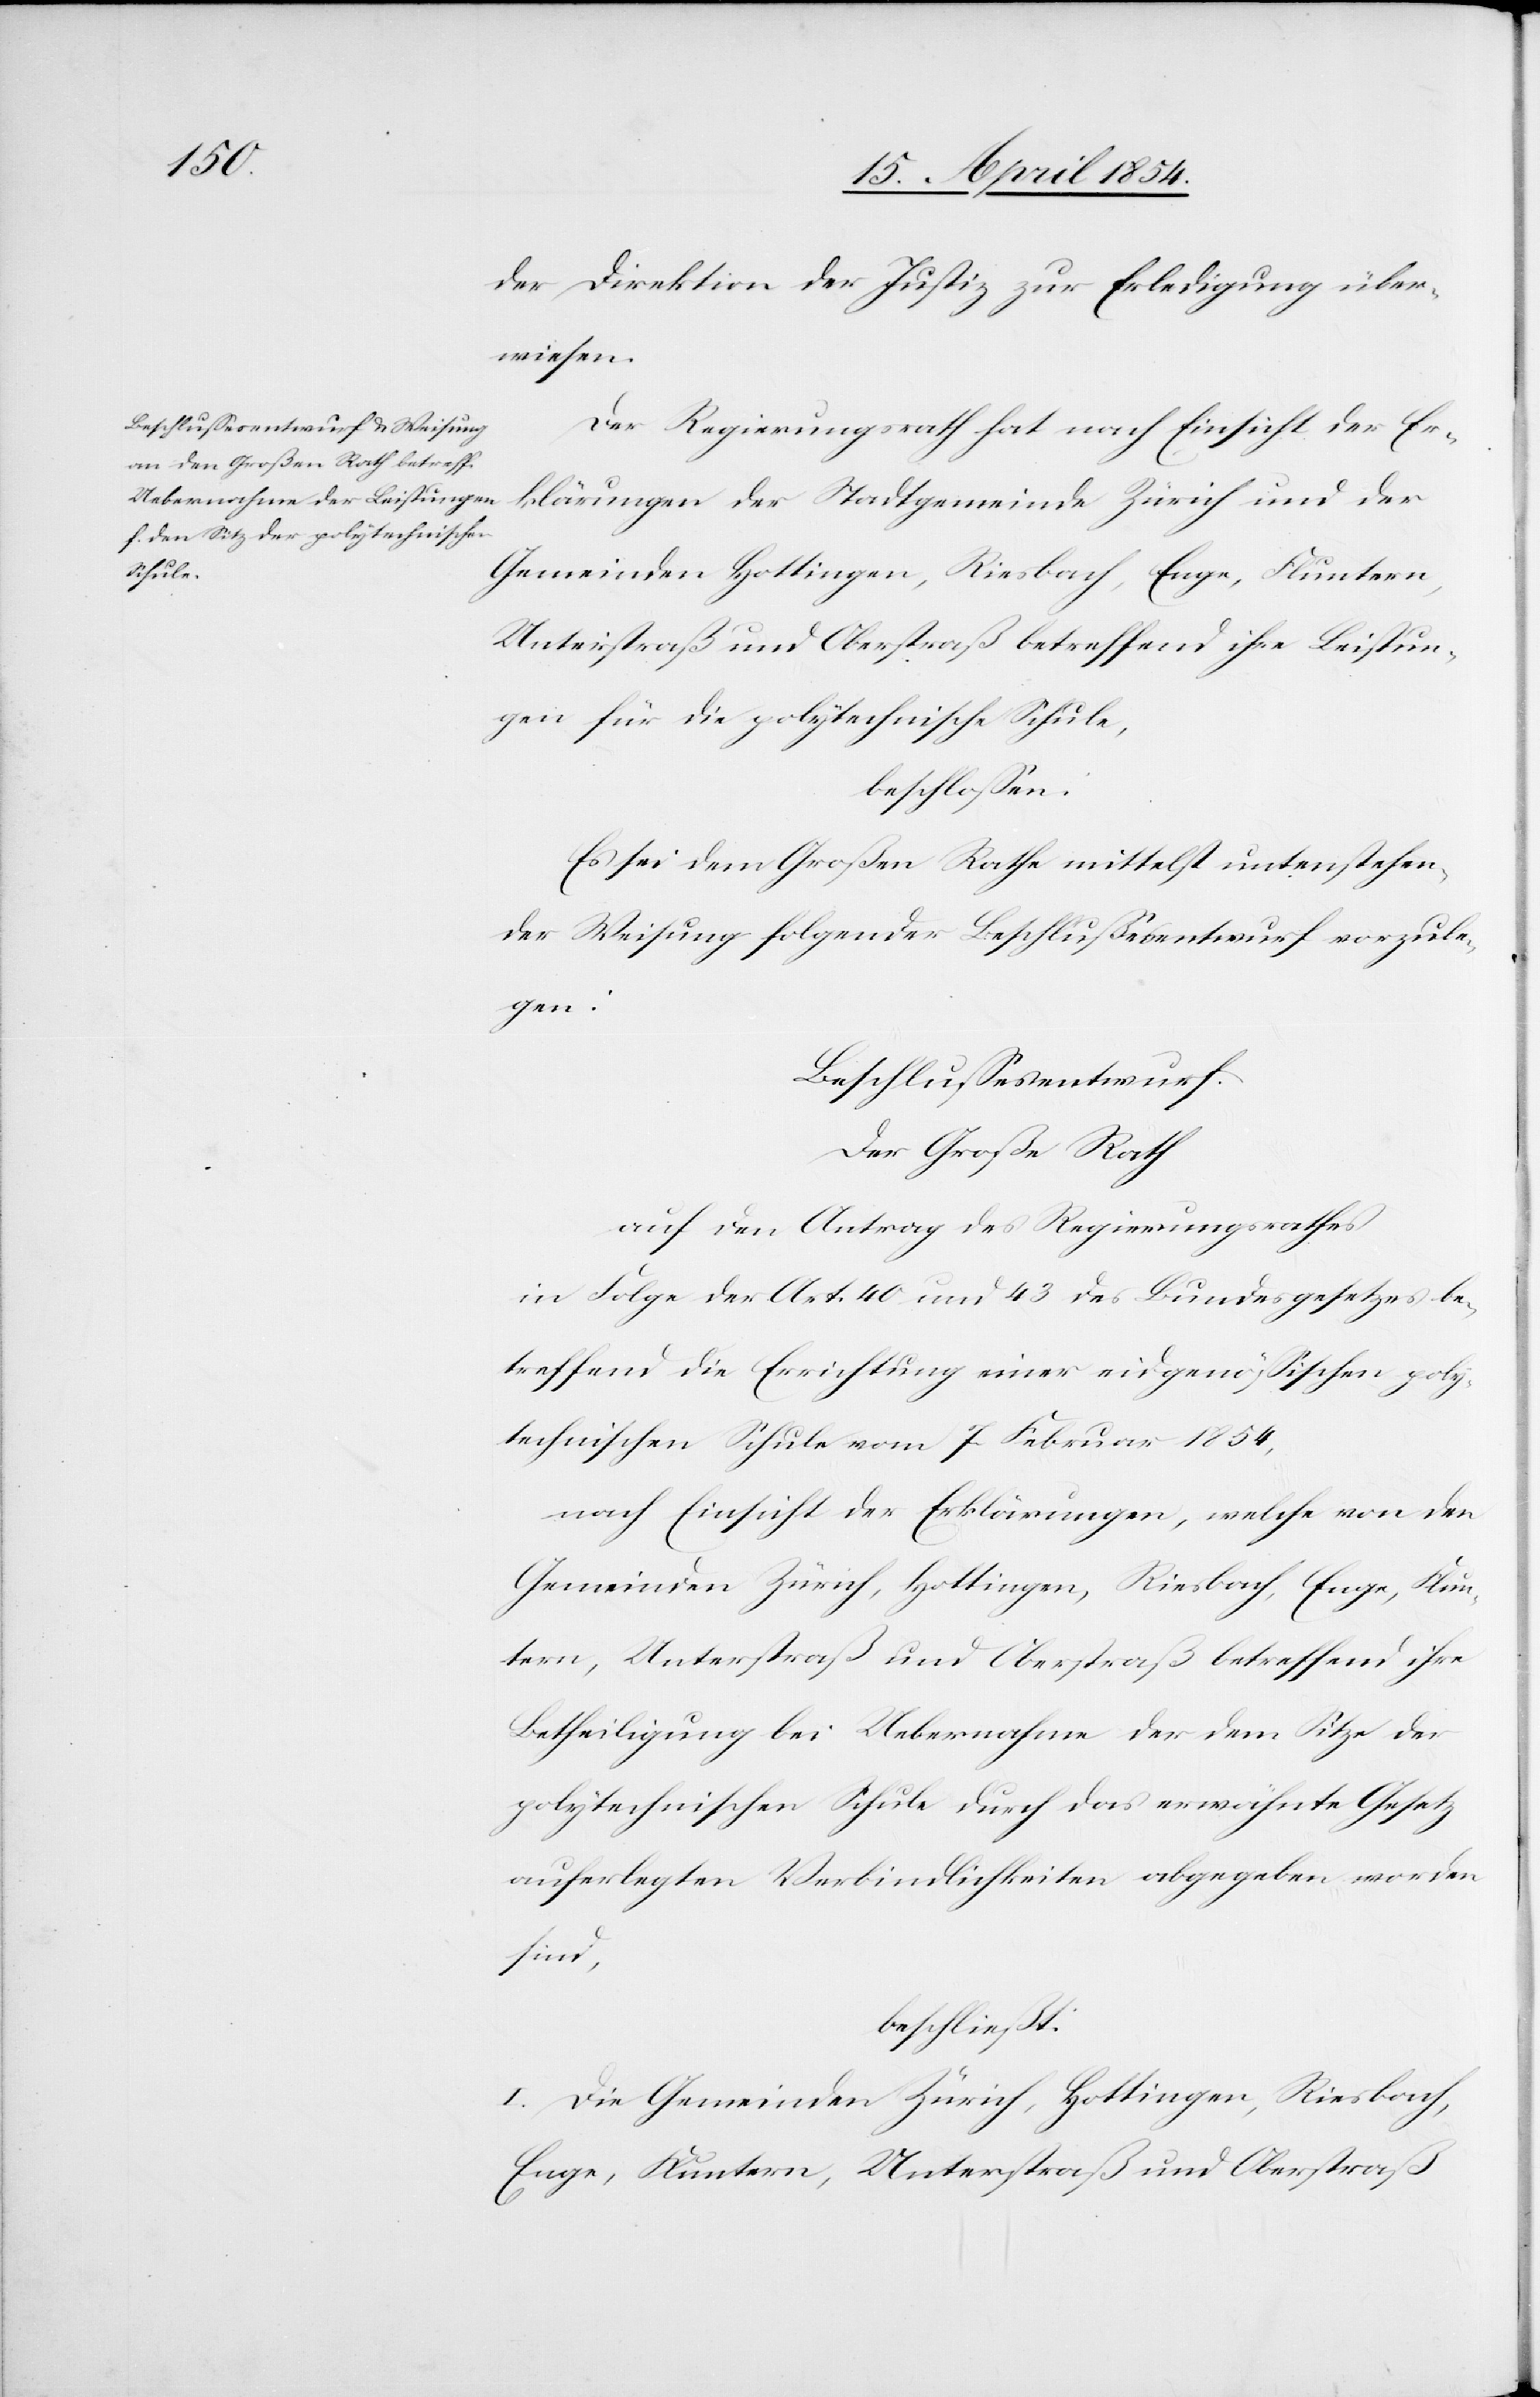
der Direktion der Justiz zur Erledigung über¬
wiesen.
Der Regierungsrath hat nach Einsicht der Er¬
klärungen
Gemeinden Hottingen, Riesbach, Enge, Fluntern,
Unterstraß und Oberstraß betreffend ihre Leistun¬
gen für die polytechnische Schule,
beschloßen:
Es sei dem großen Rathe mittelst untenstehen¬
der Weisung folgender Beschlußesentwurf vorzule¬
gen:
Beschlußesentwurf
Der Große Rath
auf den Antrag des Regierungsrathes
in Folge der Art. 40 und 43 des Bundesgesetzes be¬
treffend die Errichtung einer eidgenößischen poly¬
technischen Schule vom 7. Februar 1854,
nach Einsicht der Erklärungen, welche von den
Gemeinden Zürich, Hottingen, Riesbach, Enge, Flun¬
tern, Unterstraß und Oberstraß betreffend ihre
Betheiligung bei Uebernahme der dem Sitze der
polytechnischen Schule durch das erwähnte Gesetz
auferlegten Verbindlichkeiten abgegeben worden
sind,
beschließt:
I. Die Gemeinden Zürich, Hottingen, Riesbach,
Enge, Fluntern, Unterstraß und Oberstraß